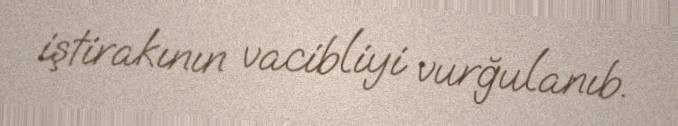
iştirakının vacibliyi vurğulanıb.